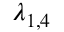
\lambda _ { 1 , 4 }